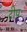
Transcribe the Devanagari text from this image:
टीपः